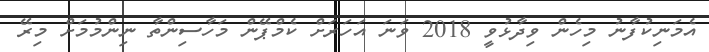
އެމަނިކުފާނު މިހެން ވިދާޅުވީ 2018 ވަނަ އަހަރަށް ކެމްޕޭން މަހާސިންތާ ނިންމުމަށް މިރޭ